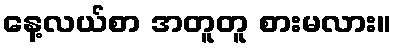
နေ့လယ်စာ အတူတူ စားမလား။